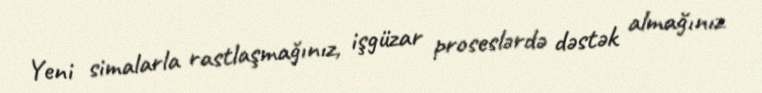
Yeni simalarla rastlaşmağınız, işgüzar proseslərdə dəstək almağınız